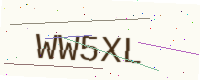
Text: WW5XL